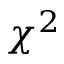
\chi ^ { 2 }